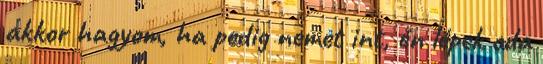
akkor hagyom, ha pedig nemet int, én lépek oda